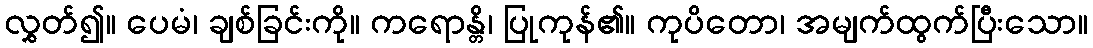
လွှတ်၍။ ပေမံ၊ ချစ်ခြင်းကို။ ကရောန္တိ၊ ပြုကုန်၏။ ကုပိတော၊ အမျက်ထွက်ပြီးသော။